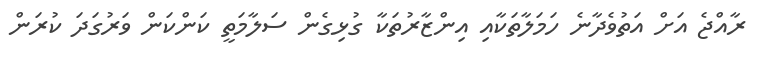
ރާއްޖެ އަށް އަތުވެދާނެ ހަމަލާތަކާއި އިންޒާރުތަކާ ގުޅިގެން ސަލާމަތީ ކަންކަން ވަރުގަދަ ކުރަން